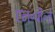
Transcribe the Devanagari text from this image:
एन॰पी॰ई